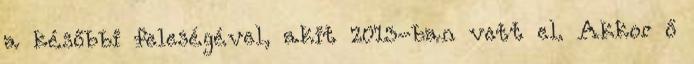
a későbbi feleségével, akit 2013-ban vett el. Akkor ő